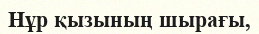
Нұр қызының шырағы,